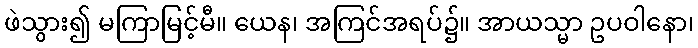
ဖဲသွား၍ မကြာမြင့်မီ။ ယေန၊ အကြင်အရပ်၌။ အာယသ္မာ ဥပဝါနော၊